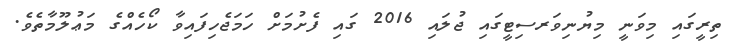
ތިރީގައި މިވަނީ މިޔުނިވަރސިޓީގައި ޖުލައި 2016 ގައި ފެށުމަށް ހަމަޖެހިފައިވާ ކޯހެއްގެ މަޢުލޫމާތެވެ.